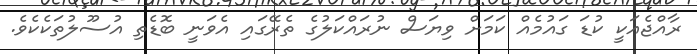
ރާއްޖެއަކީ ކުޑަ ގައުމެއް ކަމަށް ވިޔަސް ނުރައްކަލުގެ ތެރޭގައި އެވަނީ ބޮޑެތި އުސޫލުތަކެކެވެ.